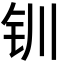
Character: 钏